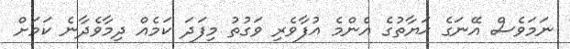
ނަމަވެސް އޭނަގެ ޙަޔާތުގެ އެންމެ އުފާވެރި ވަގުތު މިފަދަ ކަމެއް ދިމާވެދާނެ ކަމަށް